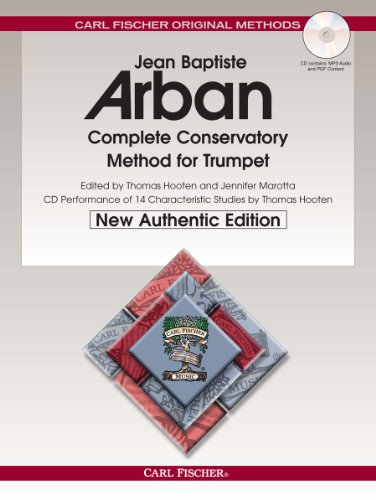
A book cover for O21X - Arban Complete Conservatory Method for Trumpet (New Authentic Edition with Accompaniment and Performance CD) (English, French and German Edition); Jean Baptiste Arban; Arts & Photography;